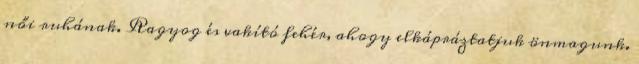
női ruhának. Ragyog és vakító fehér, ahogy elkápráztatjuk önmagunk.